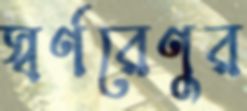
স্বর্ণরেণুর